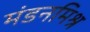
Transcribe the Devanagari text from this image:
मंडनमिश्र